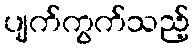
ပျက်ကွက်သည့်